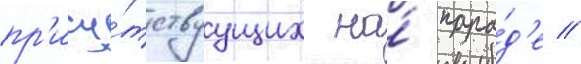
пр'ису́тствуущих на́ пара́д'е /